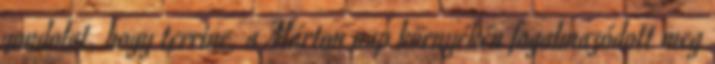
gondolat, hogy terrine, a Márton nap környékén fogalmazódott meg